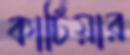
কার্টিয়ার